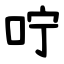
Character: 咛